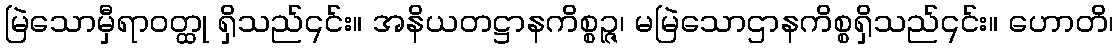
မြဲသောမှီရာဝတ္ထု ရှိသည်၎င်း။ အနိယတဋ္ဌာနကိစ္စဉ္ဇ၊ မမြဲသောဌာနကိစ္စရှိသည်၎င်း။ ဟောတိ၊